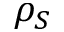
\rho _ { S }